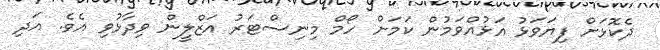
ދެކޮޅަށް ފިޔަވަޅު އަޅުއްވަމުން ކަމަށް ހޯމް މިނިސްޓަރު އަޒްލީން ވިދާޅުވި އެވެ. އަދި